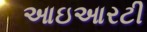
આઇઆરટી